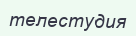
телестудия